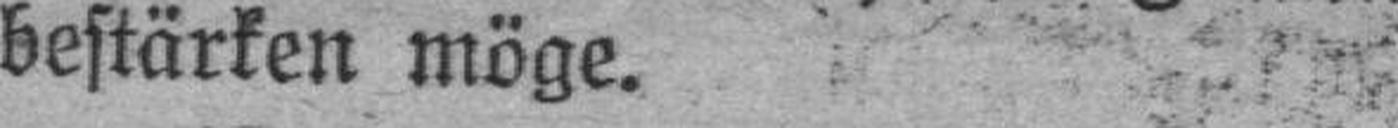
bestärken möge.